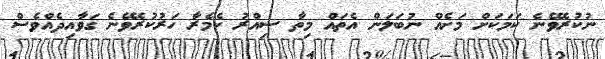
ނުކުރެވޭނެ ކަމަކަށް މަށެއް ނުބަލަން އެތައް މިތާ ސިއްރު ކެމެރާ ހަރުކުރެވޭނެ ގަވާއިދެއްވެސް